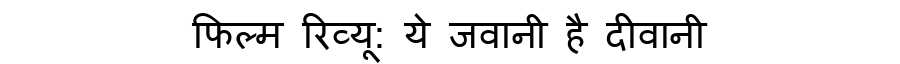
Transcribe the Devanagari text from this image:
फिल्म रिव्यू: ये जवानी है दीवानी